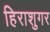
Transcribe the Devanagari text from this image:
हिराशुगर